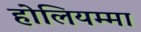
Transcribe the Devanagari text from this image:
होलियम्मा